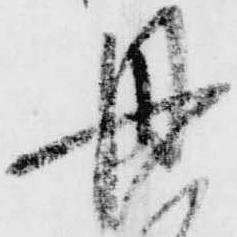
丹